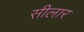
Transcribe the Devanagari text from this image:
सीलार